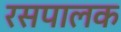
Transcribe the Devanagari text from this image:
रसपालक